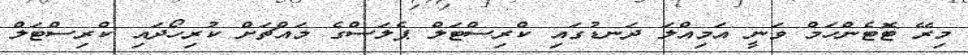
މިރޭ ޓޮޓެންހަމް ވަނީ އަމިއްލަ ދަނޑުގައި ކްރިސްޓަލް ޕެލަސްގެ މައްޗަށް ކުރިހޯދައި ކްރިސްޓަލް